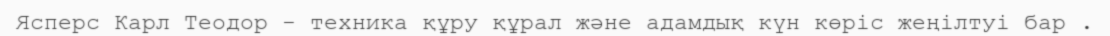
Ясперс Карл Теодор - техника құру құрал және адамдық күн көріс жеңілтуі бар .